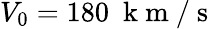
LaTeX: V_{0}=180~\mathrm{~k~m~/~s~}